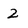
Character: 2